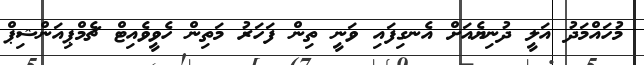
މުހައްމަދު އަލީ ދުނިޔެއަށް އެނގިފައި ވަނީ ތިން ފަހަރު މަތިން ހެވީވެއިޓް ޗެމްޕިއަންޝިޕް